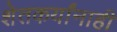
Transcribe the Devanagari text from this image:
शेतकर्यांनाही